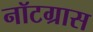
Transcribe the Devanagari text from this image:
नॉटग्रास